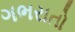
ગભરાતો